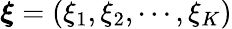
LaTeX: {\boldsymbol\xi}=(\xi_{1},\xi_{2},\cdots,\xi_{K})